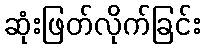
ဆုံးဖြတ်လိုက်ခြင်း